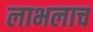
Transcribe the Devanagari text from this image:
लाभलाच